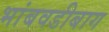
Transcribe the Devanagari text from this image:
भांबवडीबाग